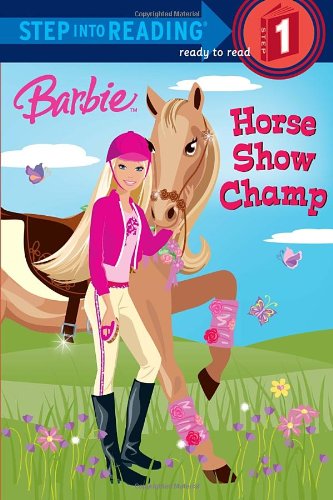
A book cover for Barbie: Horse Show Champ (Step into Reading); Jessie Parker; Children's Books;